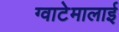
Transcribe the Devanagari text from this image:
ग्वाटेमालाई